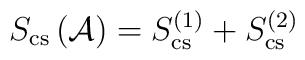
S_{\rm cs}\left({\cal A}\right)=S_{\rm cs}^{(1)}+S_{\rm cs}^{(2)}